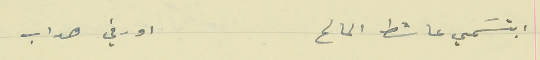
ابتسَمي عاشط المالح                                       او رفي هداب